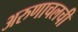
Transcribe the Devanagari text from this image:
अरुणाचलची